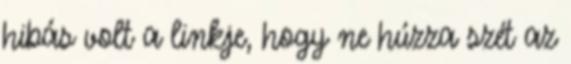
hibás volt a linkje, hogy ne húzza szét az